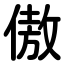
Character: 傲